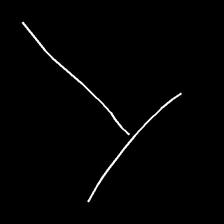
Glyph: column